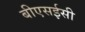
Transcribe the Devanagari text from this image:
बीएसईसी